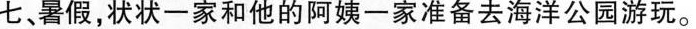
七、暑假，状状一家和他的阿姨一家准备去海洋公园游玩。